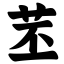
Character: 苤